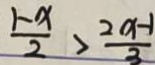
\frac { 1 - x } { 2 } > \frac { 2 x - 1 } { 3 }